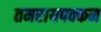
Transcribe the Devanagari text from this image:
तमरायपक्कम